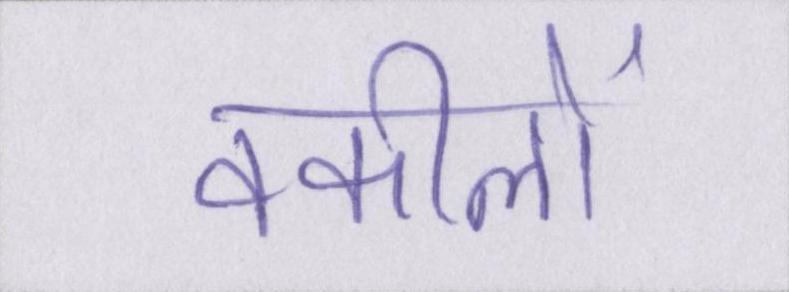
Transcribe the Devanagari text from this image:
वकीलों